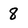
Character: 8